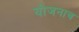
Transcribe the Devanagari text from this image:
योजनाच